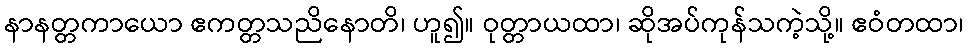
နာနတ္တကာယော ဧကတ္တသညိနောတိ၊ ဟူ၍။ ဝုတ္တာယထာ၊ ဆိုအပ်ကုန်သကဲ့သို့။ ဧဝံတထာ၊